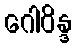
ဂေါဝိန္ဒ